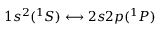
1 s ^ { 2 } ( { } ^ { 1 } S ) \longleftrightarrow 2 s 2 p ( { } ^ { 1 } P )